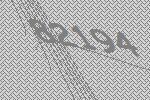
82194